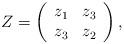
LaTeX: \begin{align*}Z=\left(\begin{array}{crc}z_1&z_3\\z_3&z_2\\\end{array}\right),\end{align*}